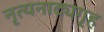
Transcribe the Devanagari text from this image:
नृत्यनाट्यगृह